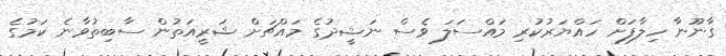
ގާނޫނާ ހިލާފަށް ހައްޔަރުކުރި މައްސަލަ ވެސް ނަޝީދުގެ މައްޗަށް ޝަރީއަތުން ސާބިތުވާނެ ކަމުގެ